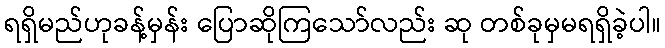
ရရှိမည်ဟုခန့်မှန်း ပြောဆိုကြသော်လည်း ဆု တစ်ခုမှမရရှိခဲ့ပါ။